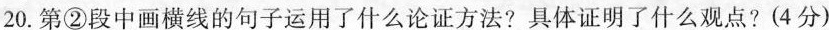
20.第②段中画横线的句子运用了什么论证方法?具体证明了什么观点?(4分)